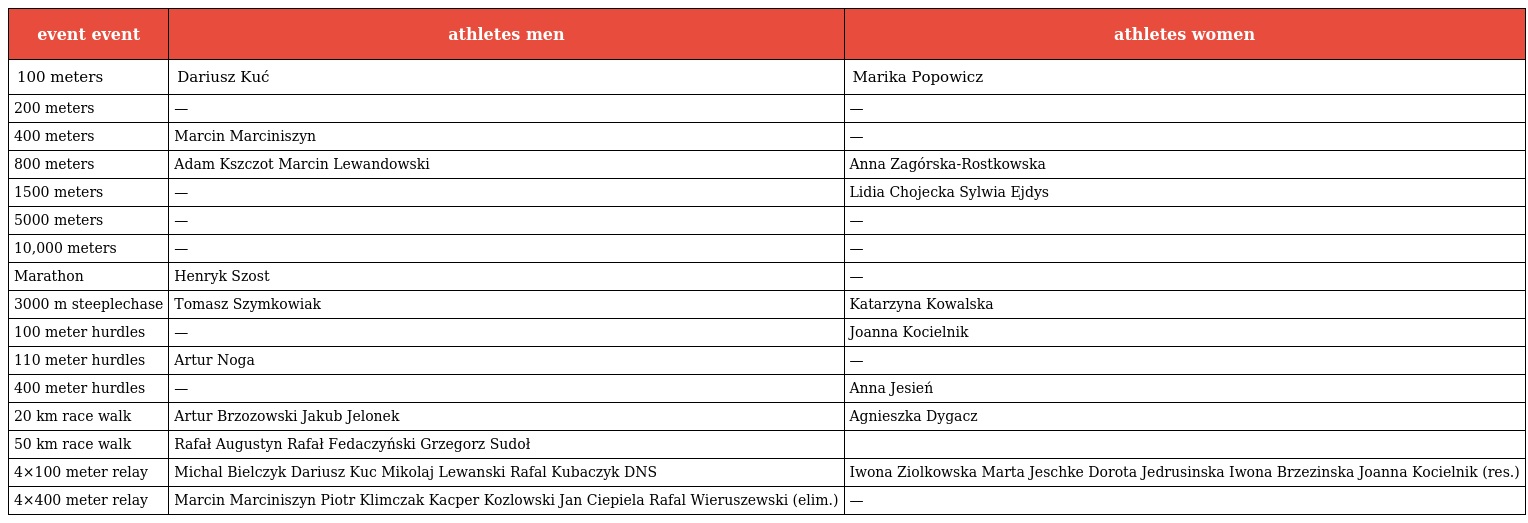
| event event | athletes men | athletes women |
 | --- | --- | --- |
 | 100 meters | Dariusz Kuć | Marika Popowicz |
 | 200 meters | — | — |
 | 400 meters | Marcin Marciniszyn | — |
 | 800 meters | Adam Kszczot Marcin Lewandowski | Anna Zagórska-Rostkowska |
 | 1500 meters | — | Lidia Chojecka Sylwia Ejdys |
 | 5000 meters | — | — |
 | 10,000 meters | — | — |
 | Marathon | Henryk Szost | — |
 | 3000 m steeplechase | Tomasz Szymkowiak | Katarzyna Kowalska |
 | 100 meter hurdles | — | Joanna Kocielnik |
 | 110 meter hurdles | Artur Noga | — |
 | 400 meter hurdles | — | Anna Jesień |
 | 20 km race walk | Artur Brzozowski Jakub Jelonek | Agnieszka Dygacz |
 | 50 km race walk | Rafał Augustyn Rafał Fedaczyński Grzegorz Sudoł |  |
 | 4×100 meter relay | Michal Bielczyk Dariusz Kuc Mikolaj Lewanski Rafal Kubaczyk DNS | Iwona Ziolkowska Marta Jeschke Dorota Jedrusinska Iwona Brzezinska Joanna Kocielnik (res.) |
 | 4×400 meter relay | Marcin Marciniszyn Piotr Klimczak Kacper Kozlowski Jan Ciepiela Rafal Wieruszewski (elim.) | — |